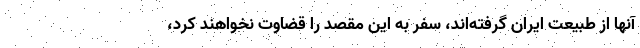
آنها از طبیعت ایران گرفته‌اند، سفر به این مقصد را قضاوت نخواهند کرد،